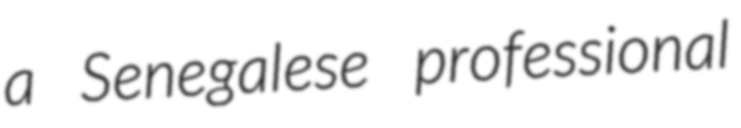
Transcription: a Senegalese professional